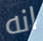
انه